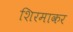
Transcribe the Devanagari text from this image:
शिरमाकर